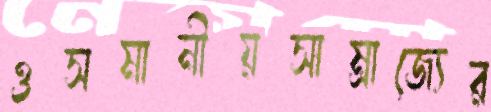
ওসমানীয়সাম্রাজ্যের